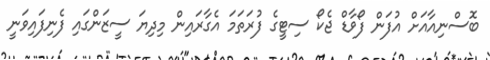
ބޮސްނިއާއަށް އުފަން ފޯވާޑް ޖެކޯ ސިޓީގެ ފުރަތަމަ އެގާރައިން މިދިޔަ ސީޒަންގައި ފެނިފައިވަނީ